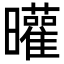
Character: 𣌓